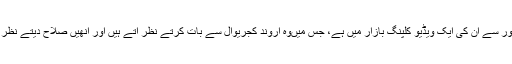
پنیہ پرسون واجپئی پر بھی کئی داغ ہیں، خاص طور سے ان کی ایک ویڈیو کلپنگ بازار میں ہے، جس میںوہ اروند کجریوال سے بات کرتے نظر آتے ہیں اور انھیں صلاح دیتے نظر آتے ہیں کہ کیسے وہ میڈیا میںاپنی رسائی بنائیں۔